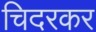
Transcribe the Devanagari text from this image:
चिदरकर